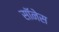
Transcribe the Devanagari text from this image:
सॉनेस